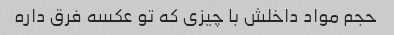
حجم مواد داخلش با چیزی که تو عکسه فرق داره